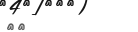
٣٤